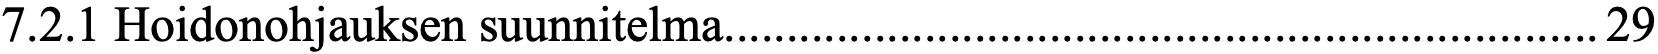
7.2.1 Hoidonohjauksen suunnitelma...................................................................... 29